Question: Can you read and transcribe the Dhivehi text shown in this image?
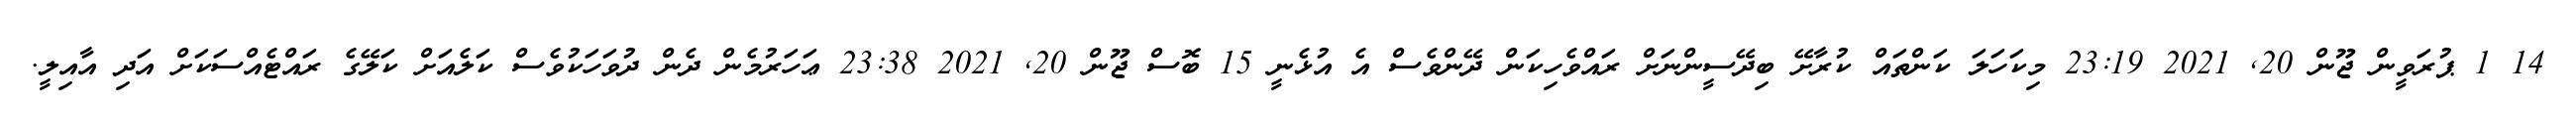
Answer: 14 1 ޕުރަވީން ޖޫން 20, 2021 23:19 މިކަހަލަ ކަންތައް ކުރާށޭ ބިދޭސީންނަށް ރައްވެހިކަން ދޭންވެސް އެ އުޅެނީ 15 ބޮސް ޖޫން 20, 2021 23:38 ޢަހަރުމެން ދެން ދުވަހަކުވެސް ކަލެއަށް ކަލޭގެ ރައްޓެއްސަކަށް އަދި އާއިލީ.